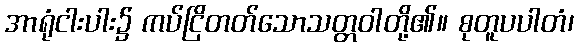
အာရုံငါးပါး၌ ကပ်ငြိတတ်သောသတ္တဝါတို့၏။ စုတူပပါတံ၊